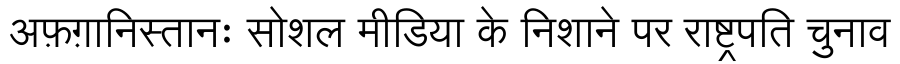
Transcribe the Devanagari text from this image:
अफ़ग़ानिस्तानः सोशल मीडिया के निशाने पर राष्ट्रपति चुनाव